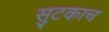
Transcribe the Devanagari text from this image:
सुटकाच